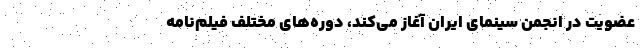
عضویت در انجمن سینمای ایران آغاز می‌کند، دوره‌های مختلف فیلم‌نامه